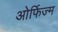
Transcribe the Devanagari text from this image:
ओर्फिज्म